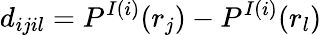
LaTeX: d_{ijil}=P^{I(i)}(r_{j})-P^{I(i)}(r_{l})